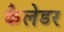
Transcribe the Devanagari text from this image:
कैलेडर